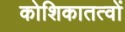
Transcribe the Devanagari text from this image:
कोशिकातत्वों